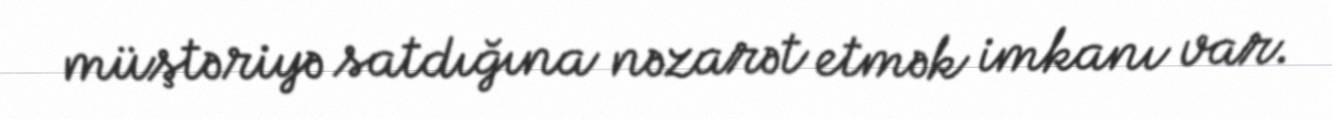
müştəriyə satdığına nəzarət etmək imkanı var.